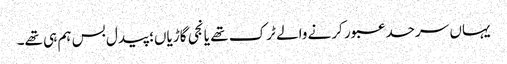
یہاں سرحد عبور کرنے والے ٹرک تھے یا نجی گاڑیاں؛ پیدل بس ہم ہی تھے۔